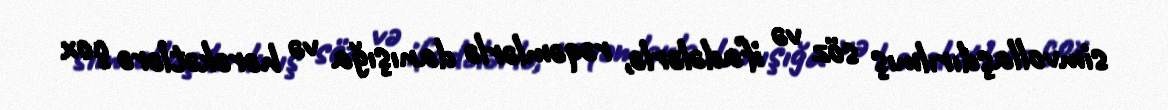
simvollaşdırılmış söz və ifadələrlə, rəqəmlərlə danışığa və hərəkətlərə çox